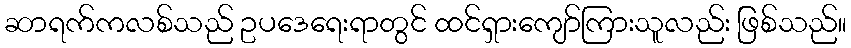
ဆာရက်ကလစ်သည် ဥပဒေရေးရာတွင် ထင်ရှားကျော်ကြားသူလည်း ဖြစ်သည်။